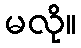
မလို။